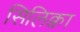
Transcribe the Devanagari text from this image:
सिलिक्वा